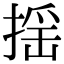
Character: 揺